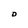
Character: D